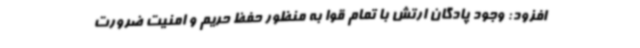
افزود: وجود پادگان ارتش با تمام قوا به منظور حفظ حریم و امنیت ضرورت